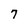
Character: 7